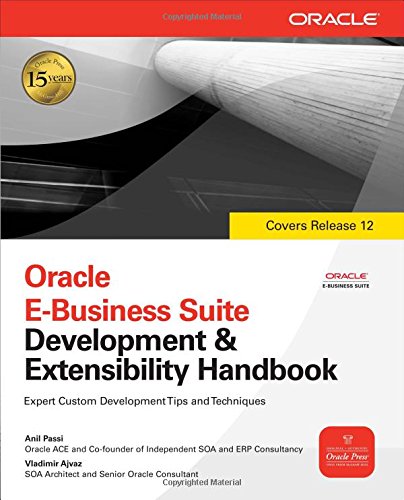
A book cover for Oracle E-Business Suite Development & Extensibility Handbook (Oracle Press); Anil Passi; Computers & Technology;